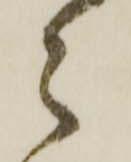
々